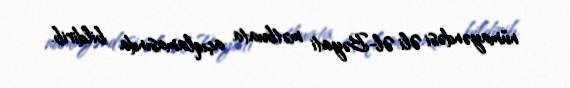
nümayəndəsi Əli Əl-Bəyati mətbuata açıqlamasında bildirib.